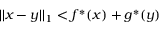
| | x - y | | _ { 1 } < f ^ { * } ( x ) + g ^ { * } ( y )